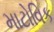
માટોવિક